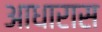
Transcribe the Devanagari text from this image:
आधारास